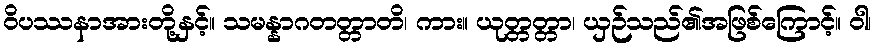
ဝိပဿနာအားတို့နှင့်။ သမန္နာဂတတ္တာတိ၊ ကား။ ယုတ္တတ္တာ၊ ယှဉ်သည်၏အဖြစ်ကြောင့်။ ဝါ၊